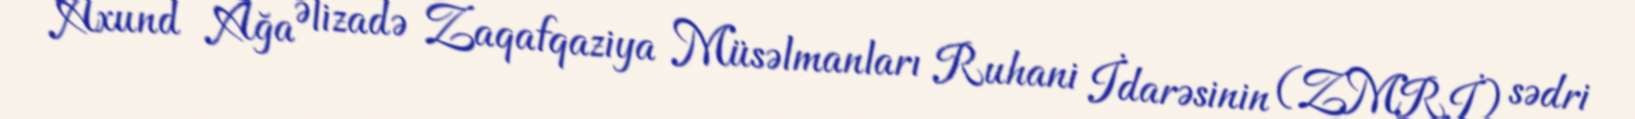
Axund Ağa Əlizadə Zaqafqaziya Müsəlmanları Ruhani İdarəsinin (ZMRİ) sədri